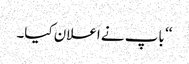
‘‘ باپ نے اعلان کیا۔